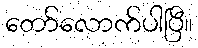
တော်လောက်ပါပြီ။